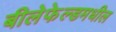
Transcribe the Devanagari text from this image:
बीलेफेल्डमधील